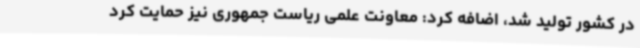
در کشور تولید شد، اضافه کرد: معاونت علمی ریاست جمهوری نیز حمایت کرد